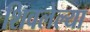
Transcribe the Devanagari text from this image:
शिवलेल्या